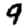
Digit: 9